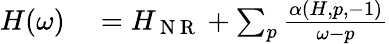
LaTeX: \begin{array}{r}{\begin{array}{rl}{H(\omega)}&{{}=H_{\mathrm{~N~R~}}+\sum_{p}\frac{\alpha(H,p,-1)}{\omega-p}}\end{array}}\end{array}